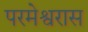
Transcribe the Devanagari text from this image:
परमेश्वरास